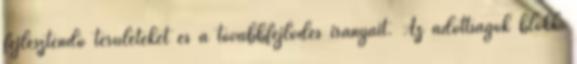
fejlesztendő területeket és a továbbfejlődés irányait. Az adottságok blokk: